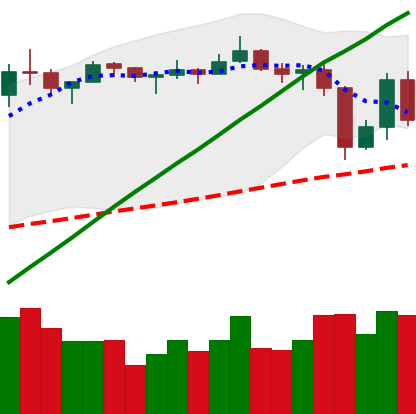
Ticker: LTC-USD
Chart end date: 2019-06-30
Forward return: -3.187%
Label: down_3_5